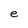
Character: e